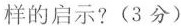
样的启示?(3分)